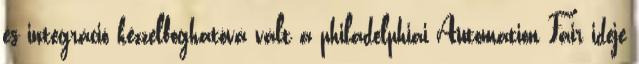
és integráció kézzelfoghatóvá vált a philadelphiai Automation Fair ideje